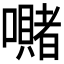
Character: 𭌙